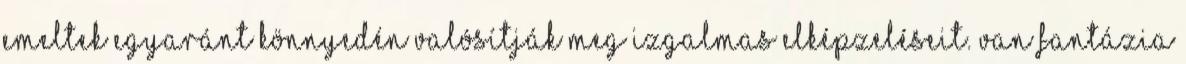
emeltek egyaránt könnyedén valósítják meg izgalmas elképzeléseit. Van fantázia